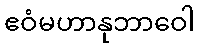
ဧဝံမဟာနုဘာဝေါ